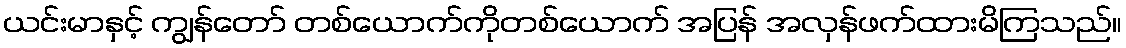
ယင်းမာနှင့် ကျွန်တော် တစ်ယောက်ကိုတစ်ယောက် အပြန် အလှန်ဖက်ထားမိကြသည်။